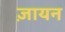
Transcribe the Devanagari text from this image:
ज़ायन